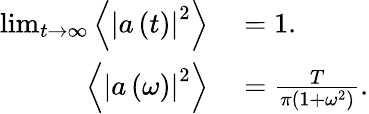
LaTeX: \begin{array}{rl}{\operatorname*{lim}_{t\rightarrow\infty}\left\langle\left|a\left(t\right)\right|^{2}\right\rangle}&{{}=1.}\\ {\left\langle\left|a\left(\omega\right)\right|^{2}\right\rangle}&{{}=\frac{T}{\pi\left(1+\omega^{2}\right)}.}\end{array}